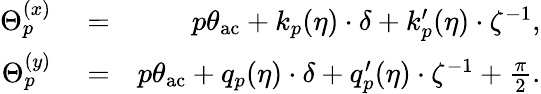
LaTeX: \begin{array}{rlr}{\Theta_{p}^{(x)}}&{{}=}&{p\theta_{\mathrm{ac}}+k_{p}(\eta)\cdot\delta+k_{p}^{\prime}(\eta)\cdot\zeta^{-1},}\\ {\Theta_{p}^{(y)}}&{{}=}&{p\theta_{\mathrm{ac}}+q_{p}(\eta)\cdot\delta+q_{p}^{\prime}(\eta)\cdot\zeta^{-1}+\frac{\pi}{2}.}\end{array}